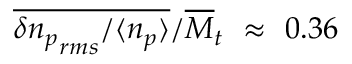
\overline { { \delta { n _ { p } } _ { r m s } / \langle n _ { p } \rangle } } / \overline { { M } } _ { t } ~ \approx ~ 0 . 3 6